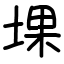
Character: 堁